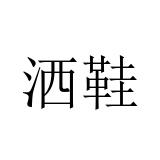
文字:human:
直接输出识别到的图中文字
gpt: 洒鞋